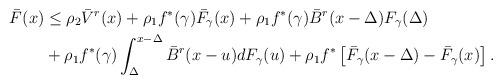
LaTeX: \begin{align*}\bar{F}(x) &\leq \rho_{2}\bar{V}^{r}(x)+\rho_{1}f^{*}(\gamma)\bar{F}_{\gamma}(x) + \rho_{1}f^{*}(\gamma)\bar{B}^{r}(x-\Delta)F_{\gamma}(\Delta) \\&+ \rho_{1}f^{*}(\gamma) \int_{\Delta}^{x-\Delta}\bar{B}^{r}(x-u)dF_{\gamma}(u) + \rho_{1}f^{*}\left[\bar{F}_{\gamma}(x-\Delta) - \bar{F}_{\gamma}(x) \right].\end{align*}